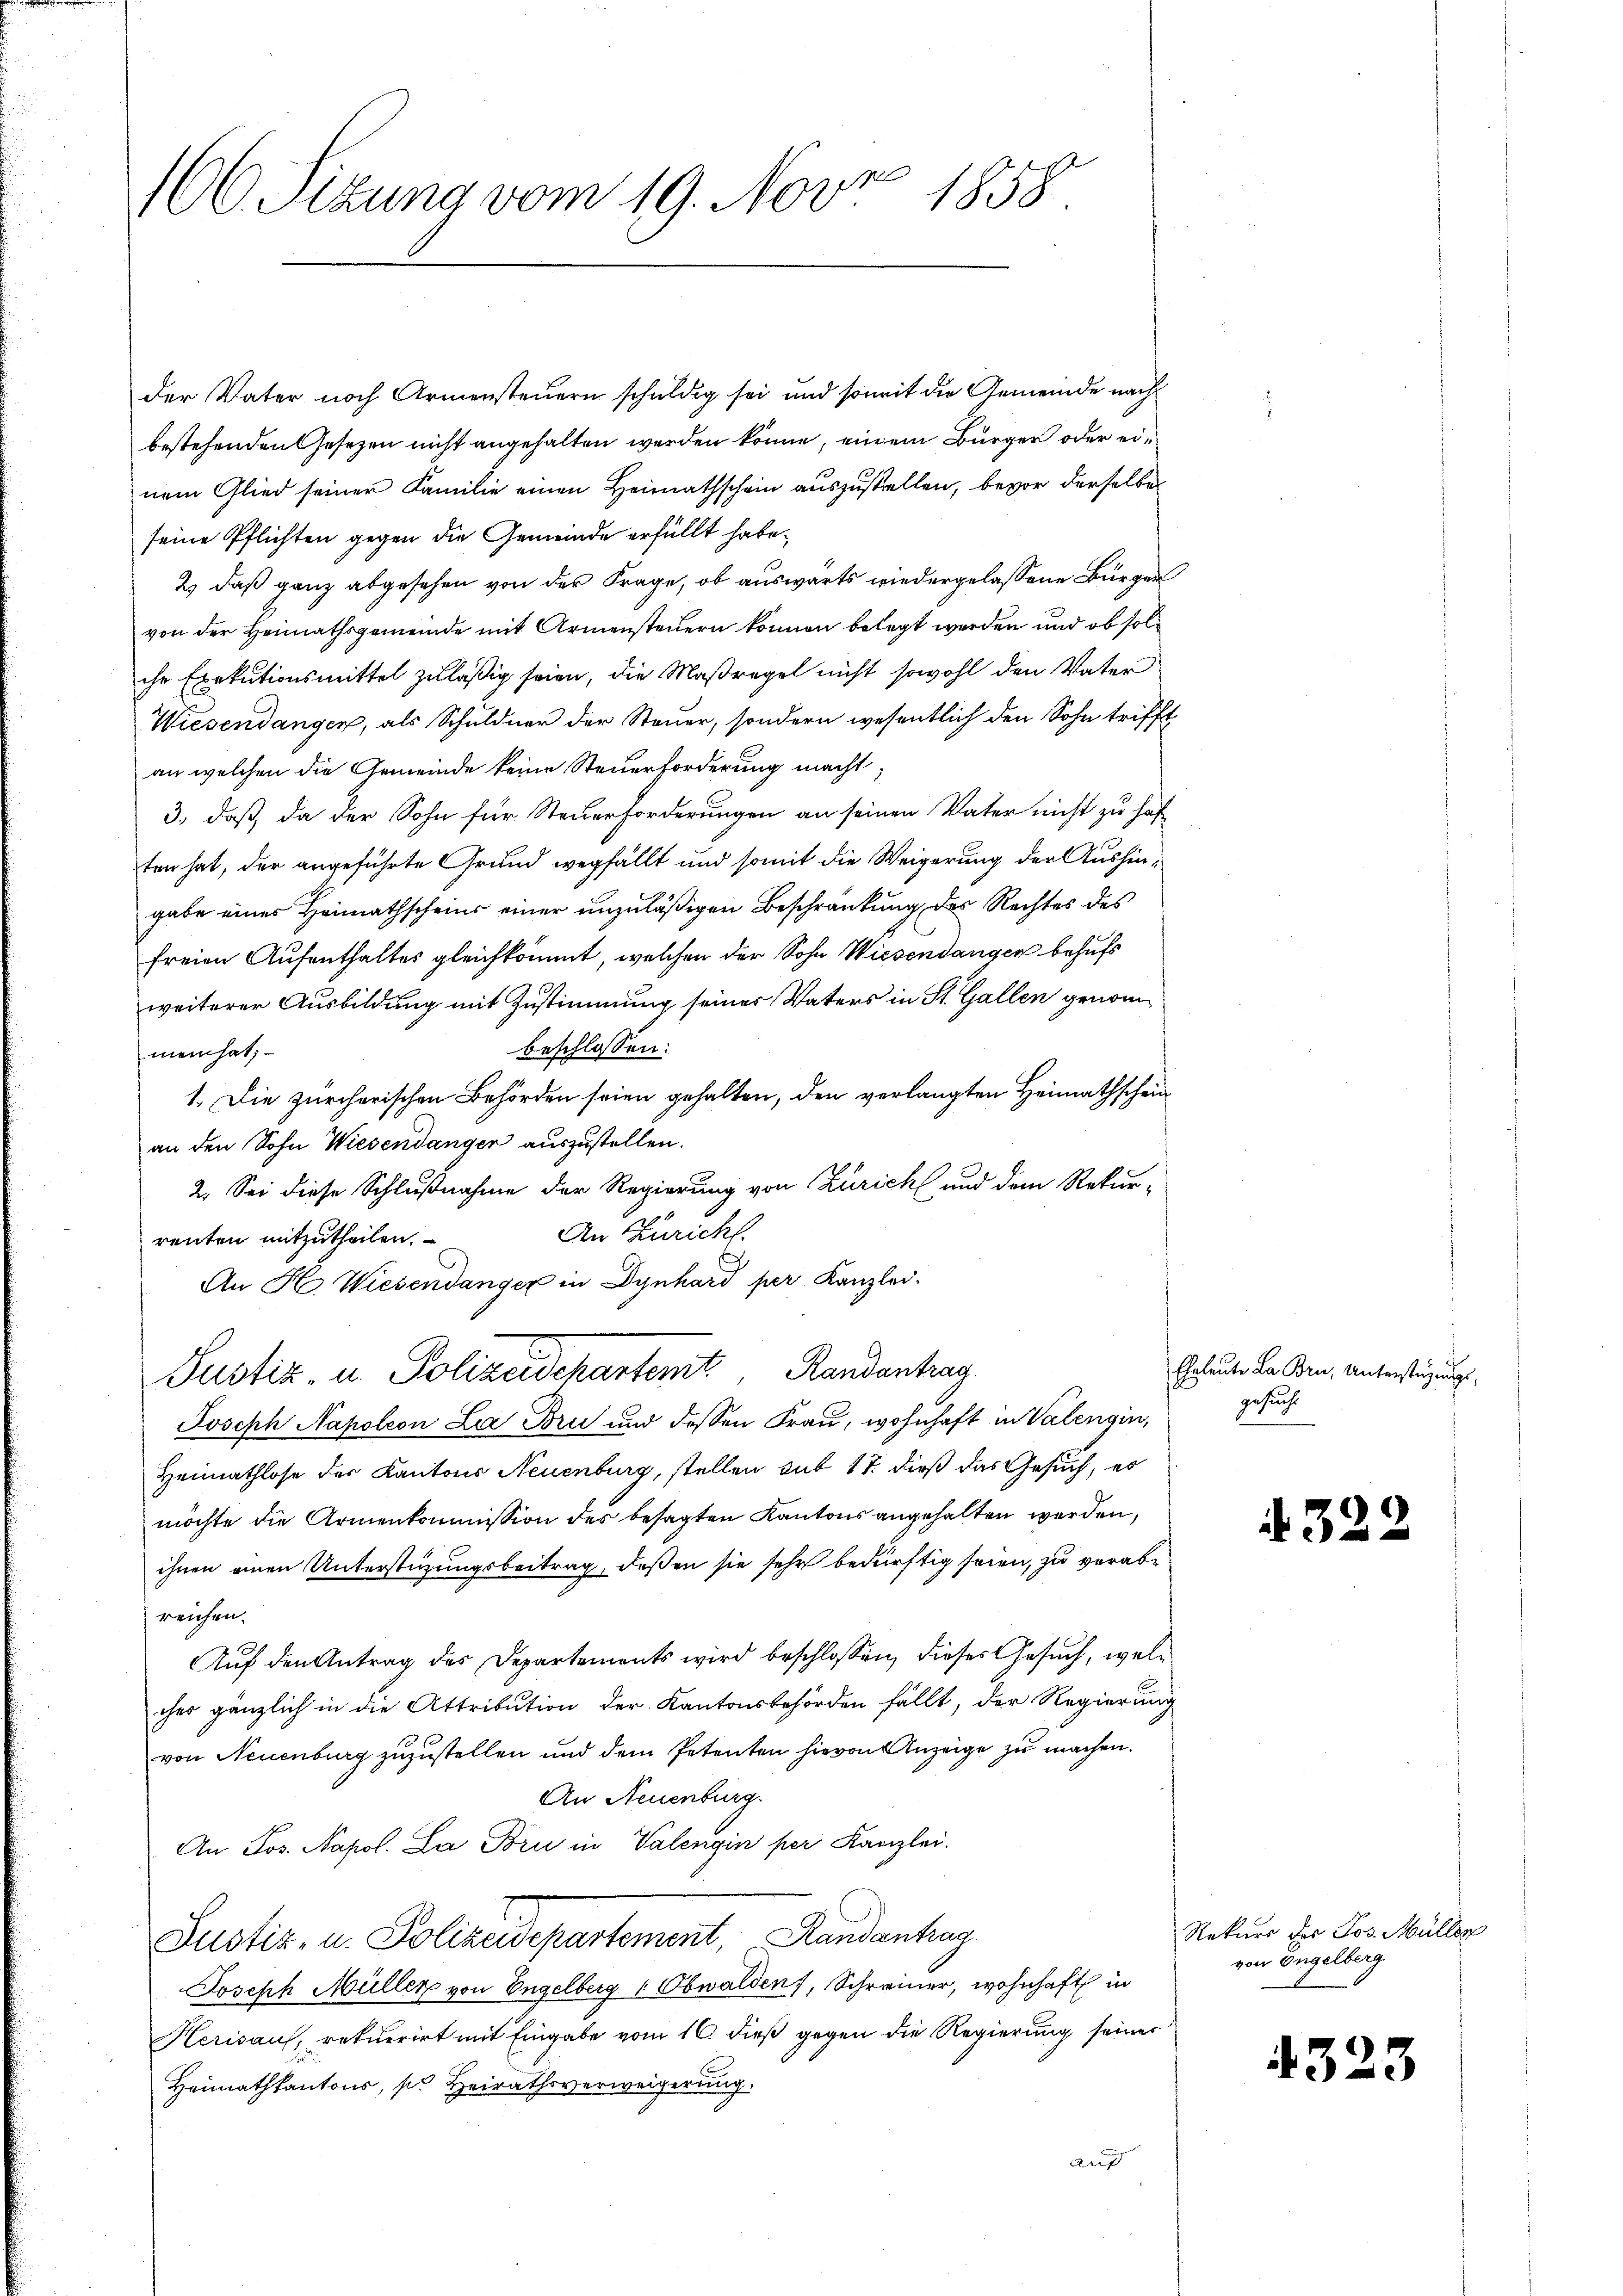
e
160. Sitzung vom 19. Nov. 1858

der Vater noch Armensteuern schuldig sei und somit die Gemeinde nach
bestehenden Gesezen nicht angehalten werden könne, einem Bürger oder einem Glied seiner Familie einen Heimathschein auszustellen, bevor derselbe
seine Pflichten gegen die Gemeinde erfüllt habe.
2) daß ganz abgesehen von der Frage, ob auswärts wiedergelassene Bürger
von der Heimathsgemeinde mit Armensteuern können belegt werden und ob solche Exekutionsmittel zuläßig seien, die Maßregel nicht sowohl den Vater
Wiesendangen, als Schuldner der Steuer, sondern wesentlich den Sohn trifft
an welchen die Gemeinde keine Steuerforderung macht
3., daß da der Sohn für Steuerforderungen an seinen Vater nicht zu haften hat, der angeführte Grund wegfällt und somit die Weigerung der Aushingabe eines Heimathscheins einer unzuläßigen Beschränkung des Rechtes des
freien Aufenthaltes gleichkommt, welchen der Sohn Wiesendanger behufs
weiterer Ausbildung mit Zustimmung seiner Vaters in St. Gallen genombeschlossen:
mein hat;
1. Die zürcherischen Behörden seien gehalten, den verlangten Heimathschein
an den Sohn Wiesendanger auszustellen.
2. Sei diese Schlußnahme der Regierung von Zürich und dem Rekur-
An Züricht.
renten mitzutheilen.
An H. Wiesendanger in Dynhard per Kanzlei.
Justiz- u. Polizeidchartemt, Randantrag
Joseph Napoleon La Bru und dessen Frau, wohnhaft in Valengin,
Heimathlose der Kantons Neuenburg, stellen sub 17. dieß das Gesuch, es
möchte die Armenkommission des besagten Kantons angehalten werden,
ihnen einen Unterstüzungsbeitrag, deßen sie sehr bedürftig seien, zu verabreichen.
Auf den Antrag des Departements wird beschlossen, dieses Gesuch, welches gänzlich in die Attribution der Kantonsbehörden fällt, der Regierung
von Neuenburg zuzustellen und dem Petenten hievon Anzeige zu machen.
An Neuenburg.
An Jos. Napol. La Bru in Valengin per Kanzlei.
Justiz- u. Polizeidepartement, Randantrag
Joseph Müller von Engelberg 1 Obwalden), Schreiner, wohnhaft in
Herisau, rekurrirt mit Eingabe vom 16. dieß gegen die Regierung seiner
Heimathkantons, so Heirathsverweigerung
auf

Eheleute La Bru, Unterstüzungs-
gesuche

322

Rekurs des Jos. Müller
von Engelberg.

4323